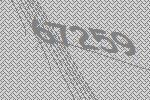
67259